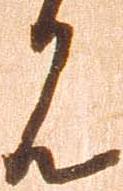
見